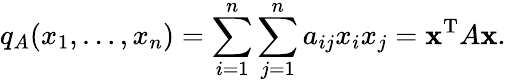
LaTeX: q_{A}(x_{1},\ldots,x_{n})=\sum_{i=1}^{n}\sum_{j=1}^{n}a_{ij}{x_{i}}{x_{j}}=\mathbf{x}^{\mathrm{T}}A\mathbf{x}.